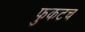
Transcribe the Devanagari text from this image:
फुकटच